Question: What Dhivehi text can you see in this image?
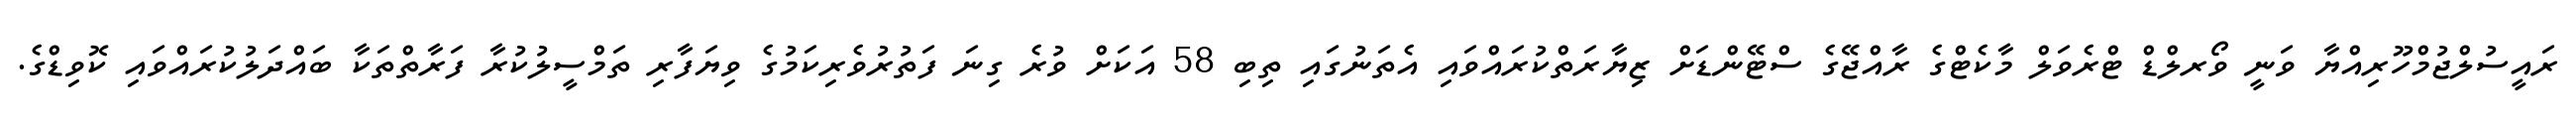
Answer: ރައީސުލްޖުމްހޫރިއްޔާ ވަނީ ވޯރލްޑް ޓްރެވަލް މާކެޓްގެ ރާއްޖޭގެ ސްޓޭންޑަށް ޒިޔާރަތްކުރައްވައި އެތަނުގައި ތިބި 58 އަކަށް ވުރެ ގިނަ ފަތުރުވެރިކަމުގެ ވިޔަފާރި ތަމްސީލުކުރާ ފަރާތްތަކާ ބައްދަލުކުރައްވައި ކޮވިޑްގެ.